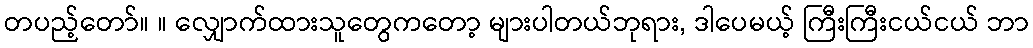
တပည့်တော်။ ။ လျှောက်ထားသူတွေကတော့ များပါတယ်ဘုရား, ဒါပေမယ့် ကြီးကြီးငယ်ငယ် ဘာ